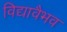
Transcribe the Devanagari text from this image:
विद्यावैभव